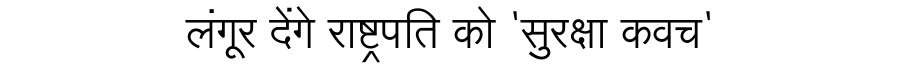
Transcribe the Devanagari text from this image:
लंगूर देंगे राष्ट्रपति को 'सुरक्षा कवच'